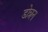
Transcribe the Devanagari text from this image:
डोन्नन